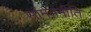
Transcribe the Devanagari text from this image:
सांमतनीति